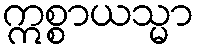
ဣစ္စာယသ္မာ